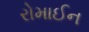
રોમાઈન